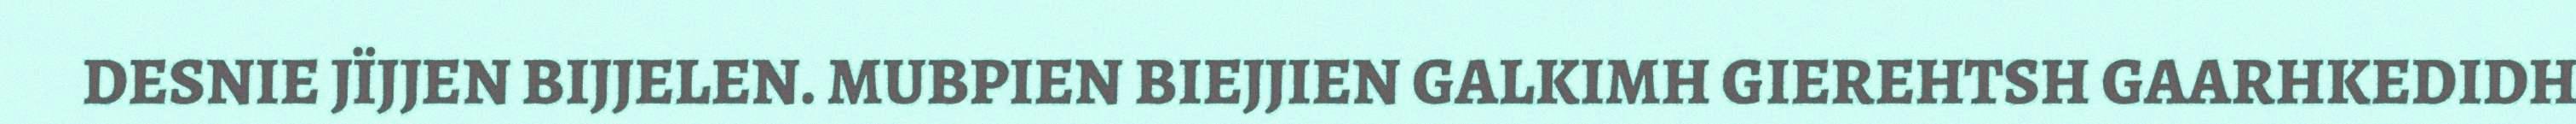
DESNIE JÏJJEN BIJJELEN. MUBPIEN BIEJJIEN GALKIMH GIEREHTSH GAARHKEDIDH